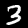
Digit: 3